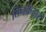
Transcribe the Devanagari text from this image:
तिनकेदार